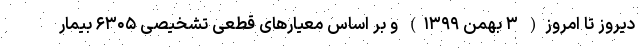
دیروز تا امروز( ۳ بهمن ۱۳۹۹) و بر اساس معیارهای قطعی تشخیصی ۶۳۰۵ بیمار